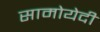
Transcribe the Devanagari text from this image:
सामोयेदी